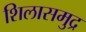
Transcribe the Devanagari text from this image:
शिलासमुद्र